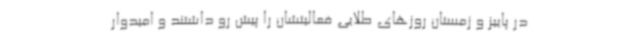
در پاییز و زمستان روزهای طلایی فعالیتشان را پیش رو داشتند و امیدوار